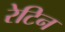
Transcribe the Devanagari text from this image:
रेटिन